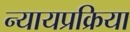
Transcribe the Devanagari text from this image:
न्यायप्रक्रिया